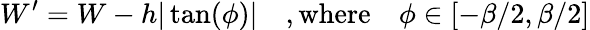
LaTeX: W^{\prime}=W-h|\tan(\phi)|\quad,\mathrm{where}\quad\phi\in[-\beta/2,\beta/2]